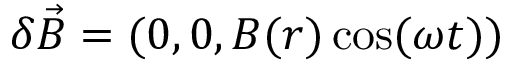
\delta \vec { B } = ( 0 , 0 , B ( r ) \cos ( \omega t ) )